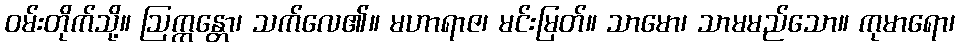
ဝမ်းတိုက်သို့။ ဩက္ကန္တော၊ သက်လေ၏။ မဟာရာဇ၊ မင်းမြတ်။ သာမော၊ သာမမည်သော။ ကုမာရော၊